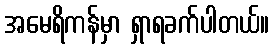
အမေရိကန်မှာ ရှာရခက်ပါတယ်။